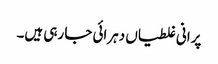
پرانی غلطیاں دہرائی جا رہی ہیں۔